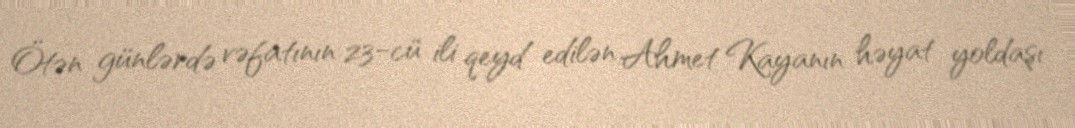
Ötən günlərdə vəfatının 23-cü ili qeyd edilən Ahmet Kayanın həyat yoldaşı